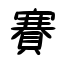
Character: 賽